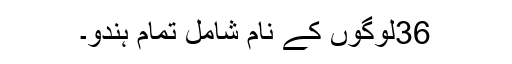
36لوگوں کے نام شامل تمام ہندو۔